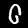
Label: 0